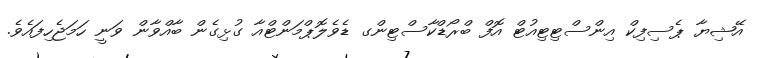
އޭޝިޔާ ޕެސިފިކް އިންސްޓިޓިއުޓް އޮފް ބްރޯޑްކާސްޓިންގ ޑެވެލޮޕްމަންޓްއާ ގުޅިގެން ބާއްވާން ވަނީ ހަމަޖެހިފައެވެ.